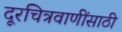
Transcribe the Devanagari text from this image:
दूरचित्रवाणींसाठी